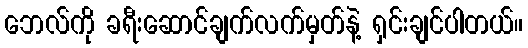
ဘေလ်ကို ခရီးဆောင်ချက်လက်မှတ်နဲ့ ရှင်းချင်ပါတယ်။